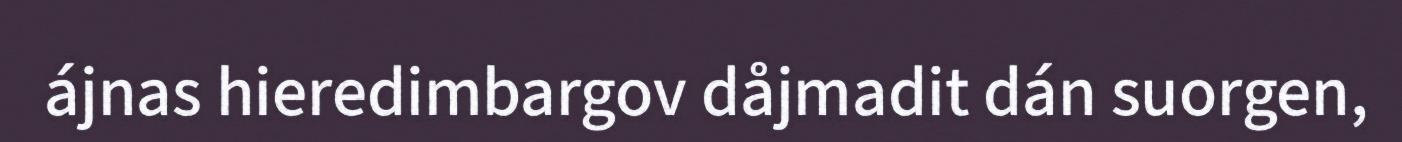
ájnas hieredimbargov dåjmadit dán suorgen,